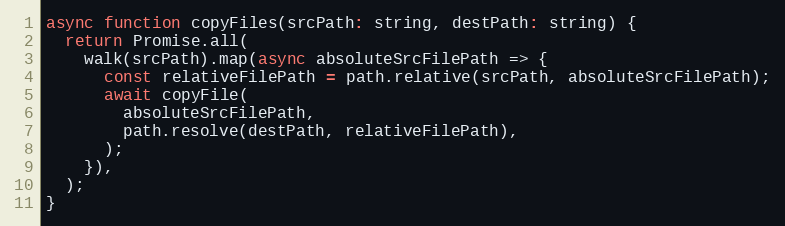
Language: JavaScript
async function copyFiles(srcPath: string, destPath: string) {
  return Promise.all(
    walk(srcPath).map(async absoluteSrcFilePath => {
      const relativeFilePath = path.relative(srcPath, absoluteSrcFilePath);
      await copyFile(
        absoluteSrcFilePath,
        path.resolve(destPath, relativeFilePath),
      );
    }),
  );
}